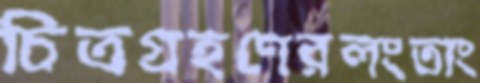
চিত্রগ্রহণেরলংতাং